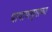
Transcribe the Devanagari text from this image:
पाषाणयुगाच्या